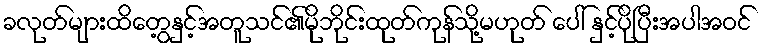
ခလုတ်များထိတွေ့နှင့်အတူသင်၏မိုဘိုင်းထုတ်ကုန်သို့မဟုတ် ပေါ် နှင့်ပိုပြီးအပါအဝင်